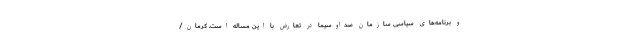
و برنامه‌های سیاسی سازمان صداوسیما در تعارض با این مساله است. کرمان/